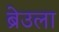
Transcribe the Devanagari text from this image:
ब्रेउला